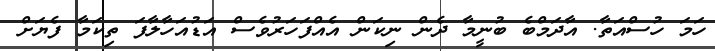
ހަމަ ހުސްއަތާ. އާދަމްބެ ބުނީމާ ދެން ނިކަން އެއްފަހަރުވެސް އަޑުއަހާލާފަ ތިކަމާ ފެޔަށް